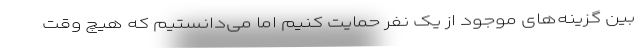
بین گزینه‌های موجود از یک نفر حمایت کنیم اما می‌دانستیم که هیچ وقت